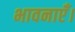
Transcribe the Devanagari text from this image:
भावनाएँ।